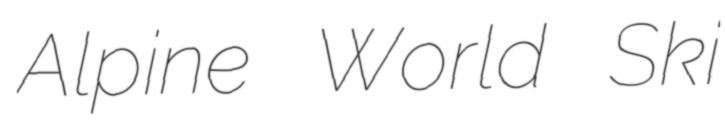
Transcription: Alpine World Ski